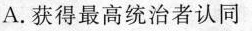
A.获得最高统治者认同